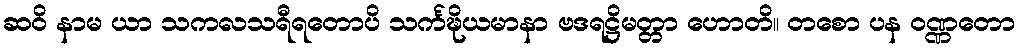
ဆဝိ နာမ ယာ သကလသရီရတောပိ သင်္ကဍ္ဎိယမာနာ ဗဒရဋ္ဌိမတ္တာ ဟောတိ။ တစော ပန ဝဏ္ဏတော